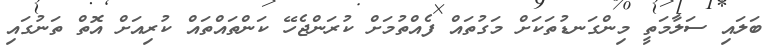
ބަލައި ސަލާމަތީ މިންގަނޑުތަކަށް މަގުތައް ފެއްތުމަށް ކުރަންޖެހޭ ކަންތައްތައް ކުރިއަށް އޮތް ތަނުގައި